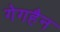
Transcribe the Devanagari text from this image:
गेगहैन